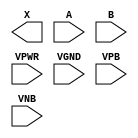
module sky130_fd_sc_hvl__and2 (
    X   ,
    A   ,
    B   ,
    VPWR,
    VGND,
    VPB ,
    VNB
);

    output X   ;
    input  A   ;
    input  B   ;
    input  VPWR;
    input  VGND;
    input  VPB ;
    input  VNB ;
endmodule